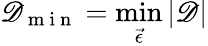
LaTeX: \mathscr{D}_{\mathrm{{~m~i~n~}}}=\operatorname*{min}_{\vec{{\epsilon}}}|\mathscr{D}|